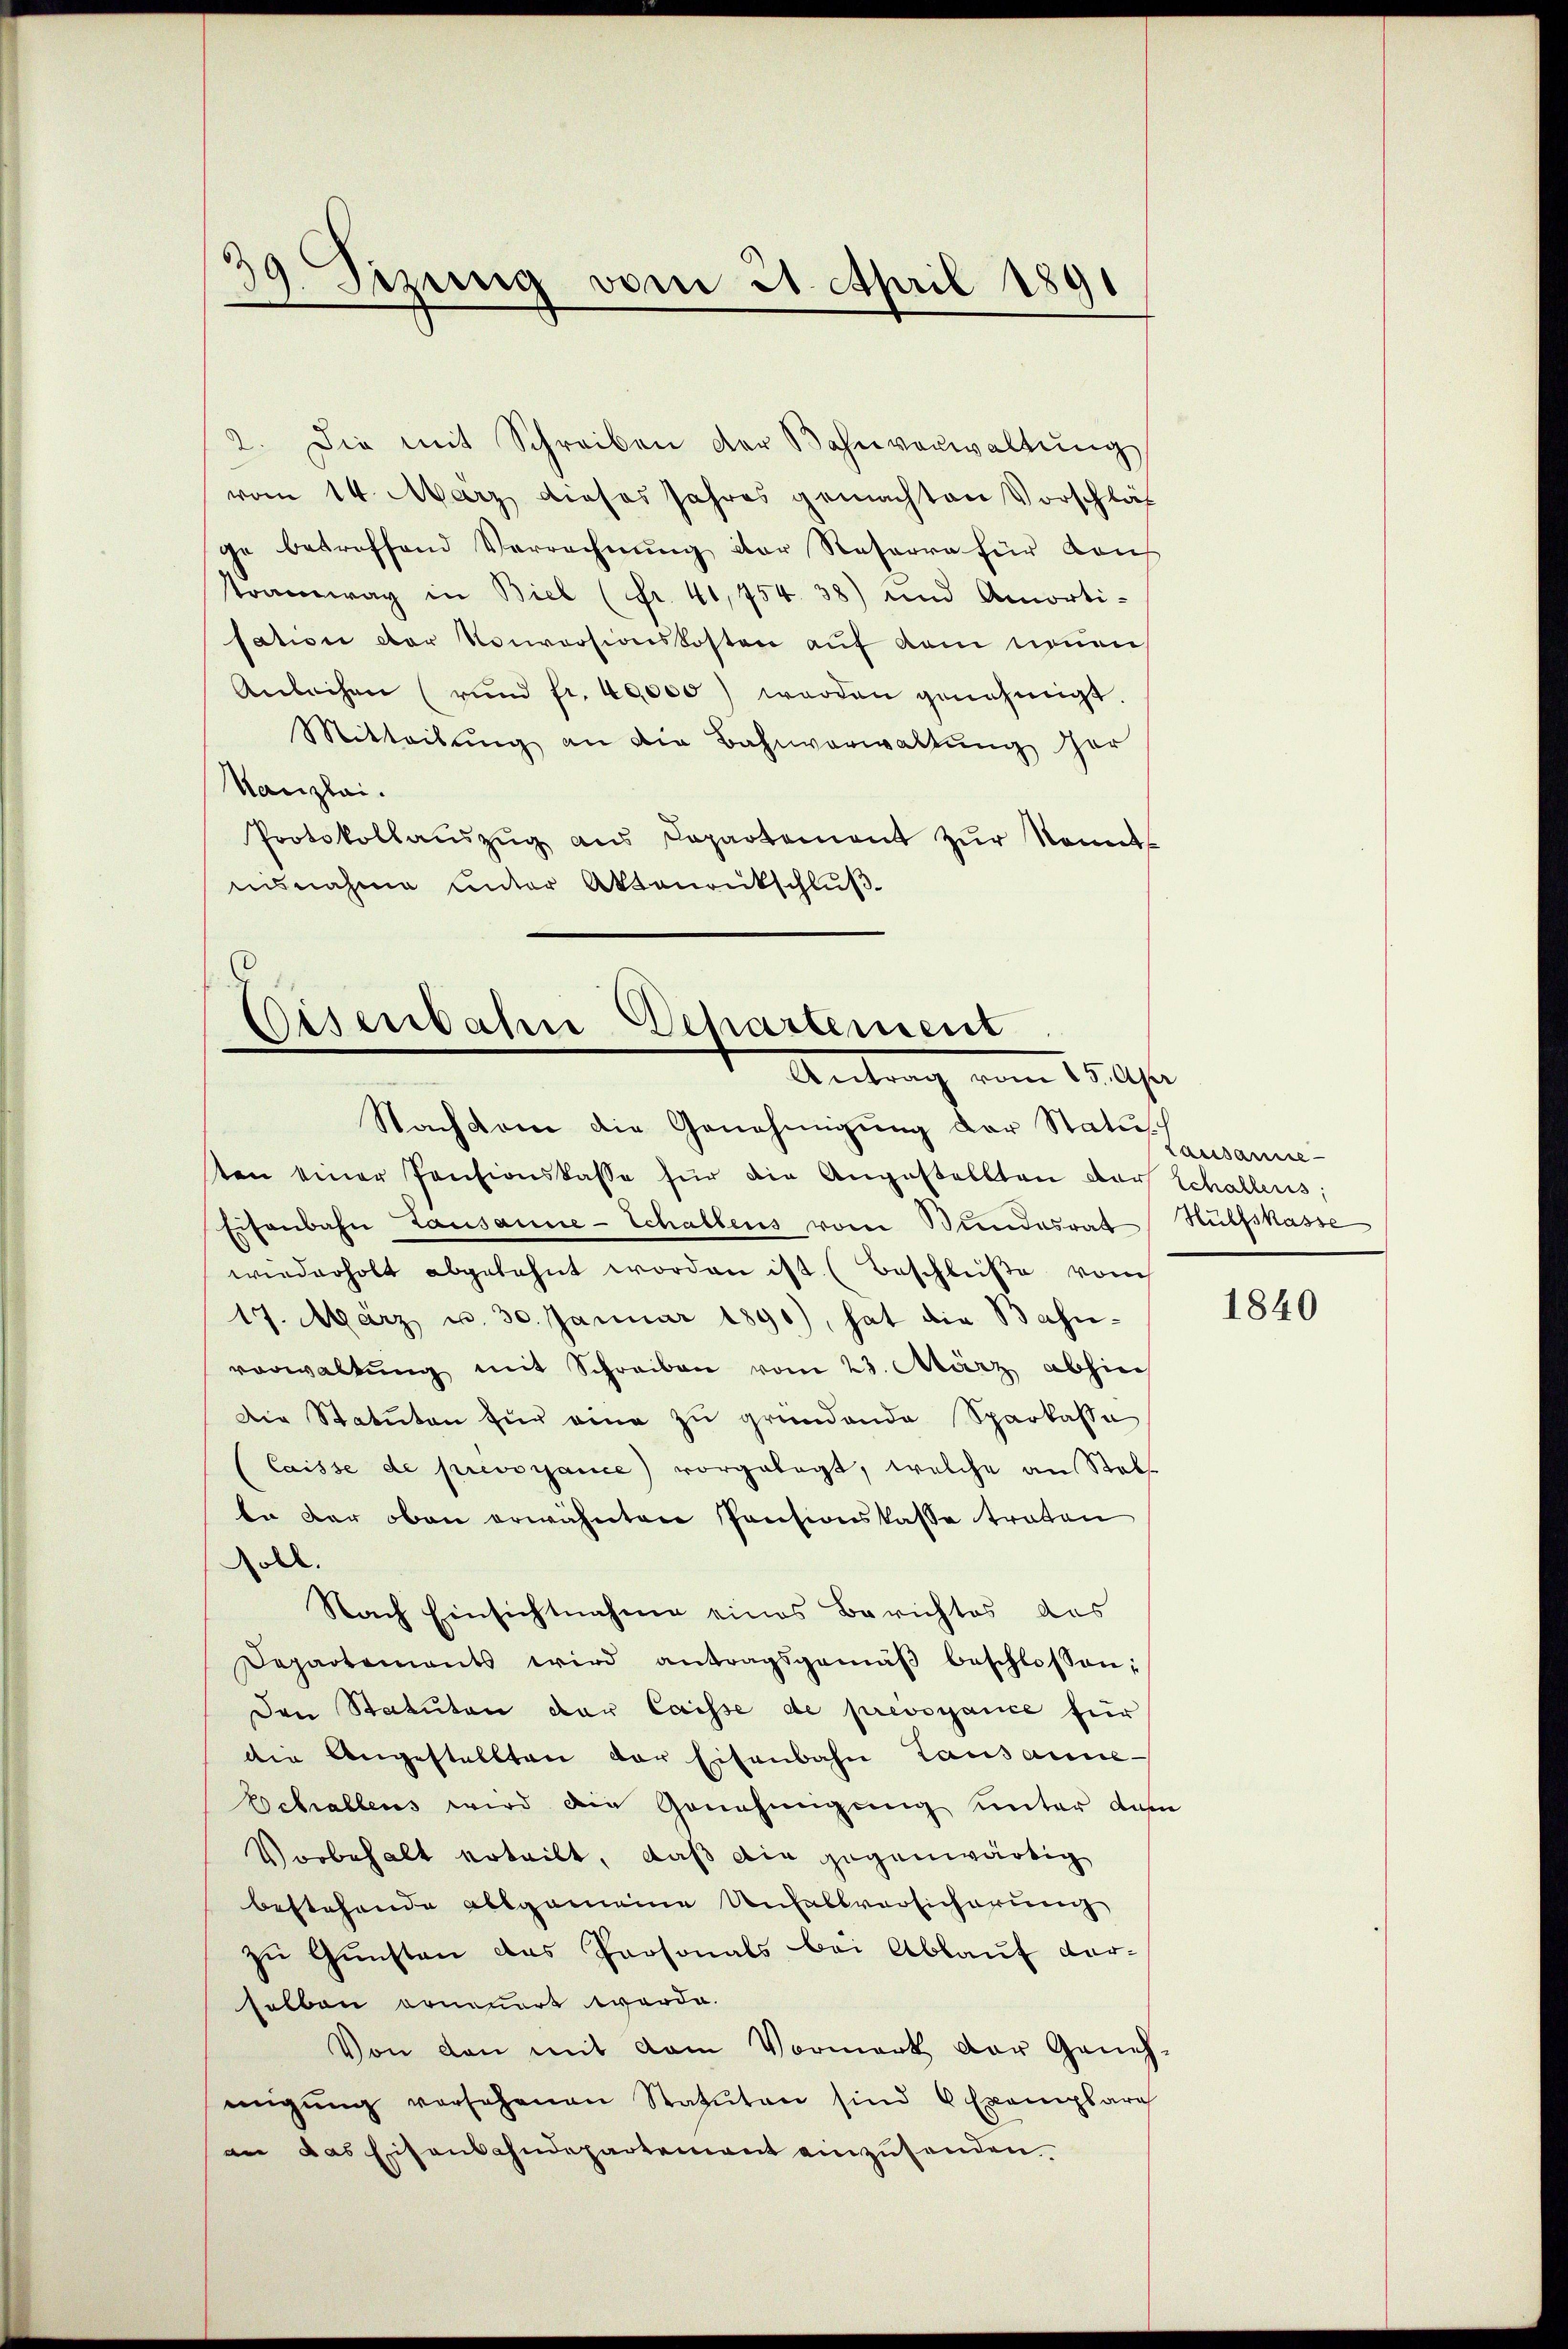
9. Sizung vom 21. April 1891

2. Die mit Schreiben der Bahnverwaltung
vom 14. März dieses Jahres gemachten Vorschläs
ge betreffend Verrechnŭng der Reserra für dans
tramwag in Biel (Fr. 41,754. 38) und Amorti-
sation der Konversionskosten auf dem neuen
Anleihen (und fr. 40000 werden genehmigt.
Mitteilung an die Bahnverwaltung der
Kanzlei.
Protokollauszug aus Departement zur kannts
ausnahme unter Aktenantschlŭβ

G
Eisenbahne Departement
Antrag vom 15. Au

Nachkam die Genehmigung der Statut
tten einer Pensionskasse für die Angestellten der Schallens,
Eisenbahn Lausanne-Schaltens vom Bundesrat Hülfskasse
wiederholt abgelehnt worden ist (Beschlüße von
17. März u. 30. Januar 1890), hat die Bahn-
vorwaltŭng mit Schreiben vom 23. März abhin
Die Statuten für eine zu gründende Sparkasse
Caisse de prevocance) vorgelegt, welche an Stell
te der oben erwähnten Pensionskasse traten
soll.
Nach Einsichtnahme eines Berichtes des
Departements wird antragsgemäβ beschlossen:
Den Statuten der Caisse de pressance für
die Angestellten der Eisenbahn Lausanne
Echallens wird die Genehmigung unter dem
Vorbehalt erteilt, daß die gegenwärtig
bestehende allgemeine Unfallversicherung
zu Gunsten das Personals bei Ablauf dar-
selben erneuert werde.
Von den mit dem Vormark der Geneh-
migŭng versehenen Statuten sind 6 Exemplare
an das Eisenbahndepartement einzusenden.

Lausanne -

1840